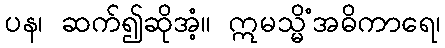
ပန၊ ဆက်၍ဆိုအံ့။ ဣမသ္မိံအဓိကာရေ၊